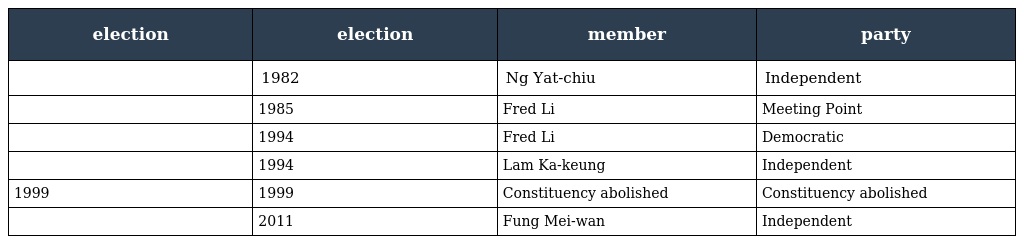
| election | election | member | party |
 | --- | --- | --- | --- |
 |  | 1982 | Ng Yat-chiu | Independent |
 |  | 1985 | Fred Li | Meeting Point |
 |  | 1994 | Fred Li | Democratic |
 |  | 1994 | Lam Ka-keung | Independent |
 | 1999 | 1999 | Constituency abolished | Constituency abolished |
 |  | 2011 | Fung Mei-wan | Independent |